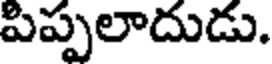
పిప్పలాదుడు.